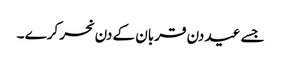
جسے عید دن قربان کے دن نحر کرے ۔